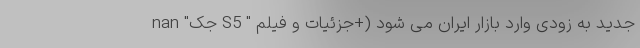
nan "جک S5 " جدید به زودی وارد بازار ایران می شود (+جزئیات و فیلم